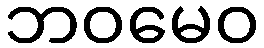
ဘဝမေဝ